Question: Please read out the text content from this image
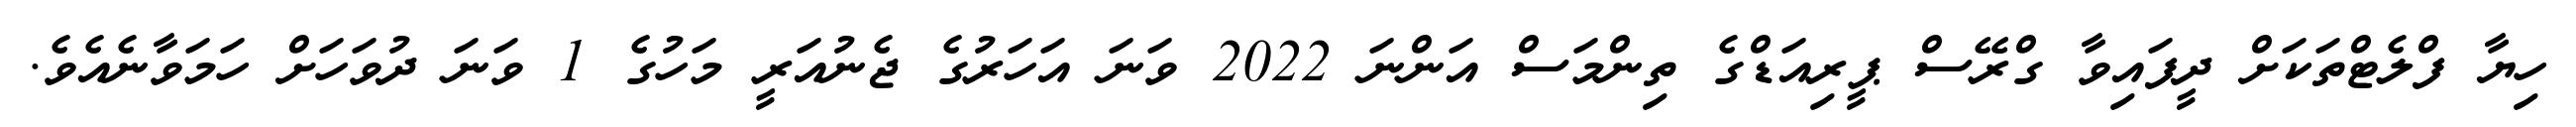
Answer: ހިޔާ ފްލެޓްތަކަށް ދީފައިވާ ގްރޭސް ޕީރިއަޑްގެ ތިންމަސް އަންނަ 2022 ވަނަ އަހަރުގެ ޖެނުއަރީ މަހުގެ 1 ވަނަ ދުވަހަށް ހަމަވާނެއެވެ.